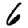
Digit: 6